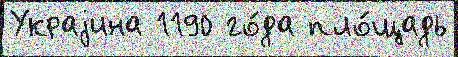
Украjина 1190 го́да пло́щадь